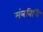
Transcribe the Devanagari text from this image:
मंत्रविधि